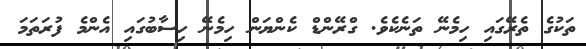
ތަކުގެ ތެރޭގައި ހިމެނޭ ތަނެކެވެ. ގްރޭންޑް ކެންޔަން ހިމެނޭ ހިސާބުގައި އެންމެ ފުރަތަމަ